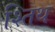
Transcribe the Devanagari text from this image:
श्तिथ